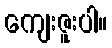
ကျေးဇူးပါ။